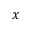
x